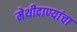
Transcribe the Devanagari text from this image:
मेथीदाण्यांचा